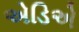
એડિએ